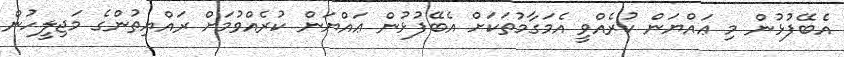
އެބޭފުޅުން މި ޢައްޔަން ކުރެއްވީ އެމަގާމުތަކަށް އެބޭފުޅުން ޢައްޔަން ކުރެއްވުމަށް ރައްޔިތުންގެ މަޖިލީހުން